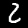
Label: 2